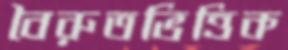
বৈরুতভিত্তিক